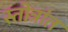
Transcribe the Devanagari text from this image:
स्तोत्रांत